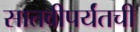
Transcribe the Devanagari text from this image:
सातवीपर्यंतची